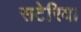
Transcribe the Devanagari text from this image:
सटेरिया